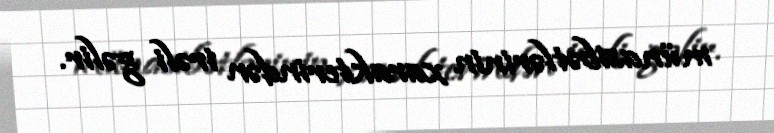
münasibətlərinin xarakterindən irəli gəlir.